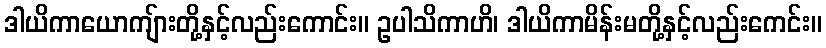
ဒါယိကာယောကျ်ားတို့နှင့်လည်းကောင်း။ ဥပါသိကာဟိ၊ ဒါယိကာမိန်းမတို့နှင့်လည်းကေင်း။